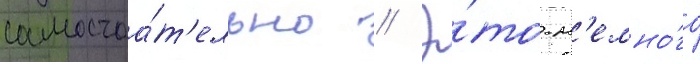
самостоа́т'ельно // Э́то н'емно́го